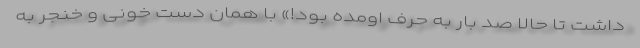
داشت تا حالا صد بار به حرف اومده بود!» با همان دست خونی و خنجر به